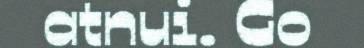
atnui. Go